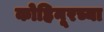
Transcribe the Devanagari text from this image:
कोहिनूरच्या